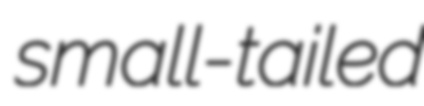
small-tailed